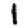
Digit: 1